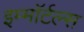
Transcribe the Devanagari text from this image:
इम्माॅर्टल्स